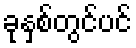
ခုနှစ်တွင်ပင်